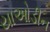
યાઓડીન